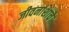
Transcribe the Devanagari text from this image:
जीवनांशाचे